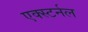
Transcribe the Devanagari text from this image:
एक्स्टर्नल